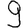
Digit: 9